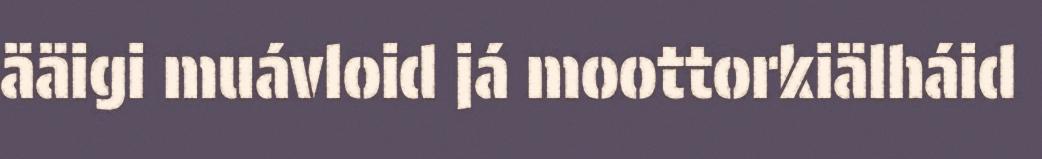
ääigi muávloid já moottorkiälháid